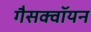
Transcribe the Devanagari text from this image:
गैसक्वॉयन